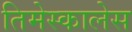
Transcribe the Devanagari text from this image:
तिमेस्कालेस